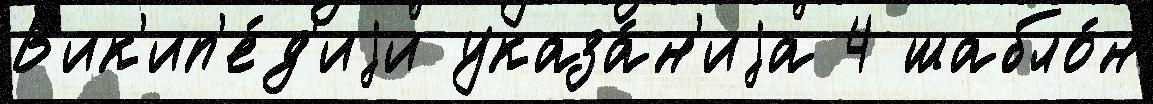
В'ик'ип'е́д'иjи указа́н'иjа 4 шабло́н